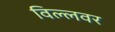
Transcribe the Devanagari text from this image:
विल्लवर